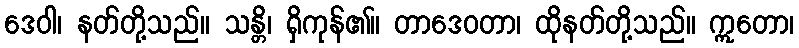
ဒေဝါ၊ နတ်တို့သည်။ သန္တိ၊ ရှိကုန်၏။ တာဒေဝတာ၊ ထိုနတ်တို့သည်။ ဣတော၊